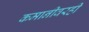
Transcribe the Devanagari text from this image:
कमानीवरही